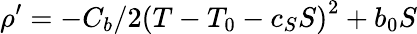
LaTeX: \rho^{\prime}={-C_{b}}/{2}\left(T-T_{0}-c_{S}S\right)^{2}+b_{0}S